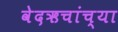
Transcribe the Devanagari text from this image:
वेदऋचांच्या